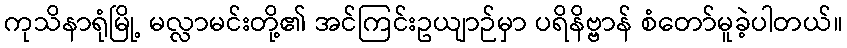
ကုသိနာရုံမြို့ မလ္လာမင်းတို့၏ အင်ကြင်းဥယျာဉ်မှာ ပရိနိဗ္ဗာန် စံတော်မူခဲ့ပါတယ်။